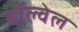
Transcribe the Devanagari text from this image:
वॉल्वेल